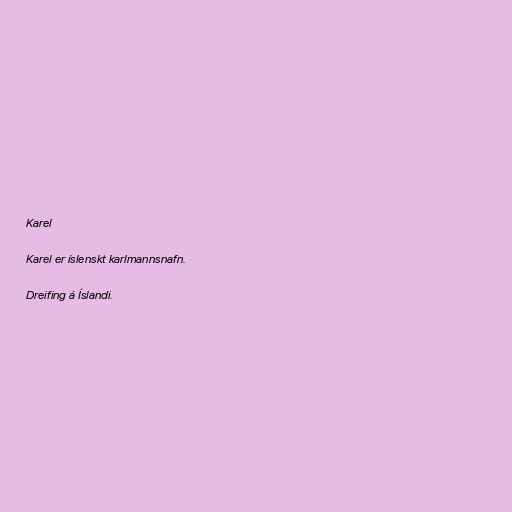
Karel

Karel er íslenskt karlmannsnafn.

Dreifing á Íslandi.